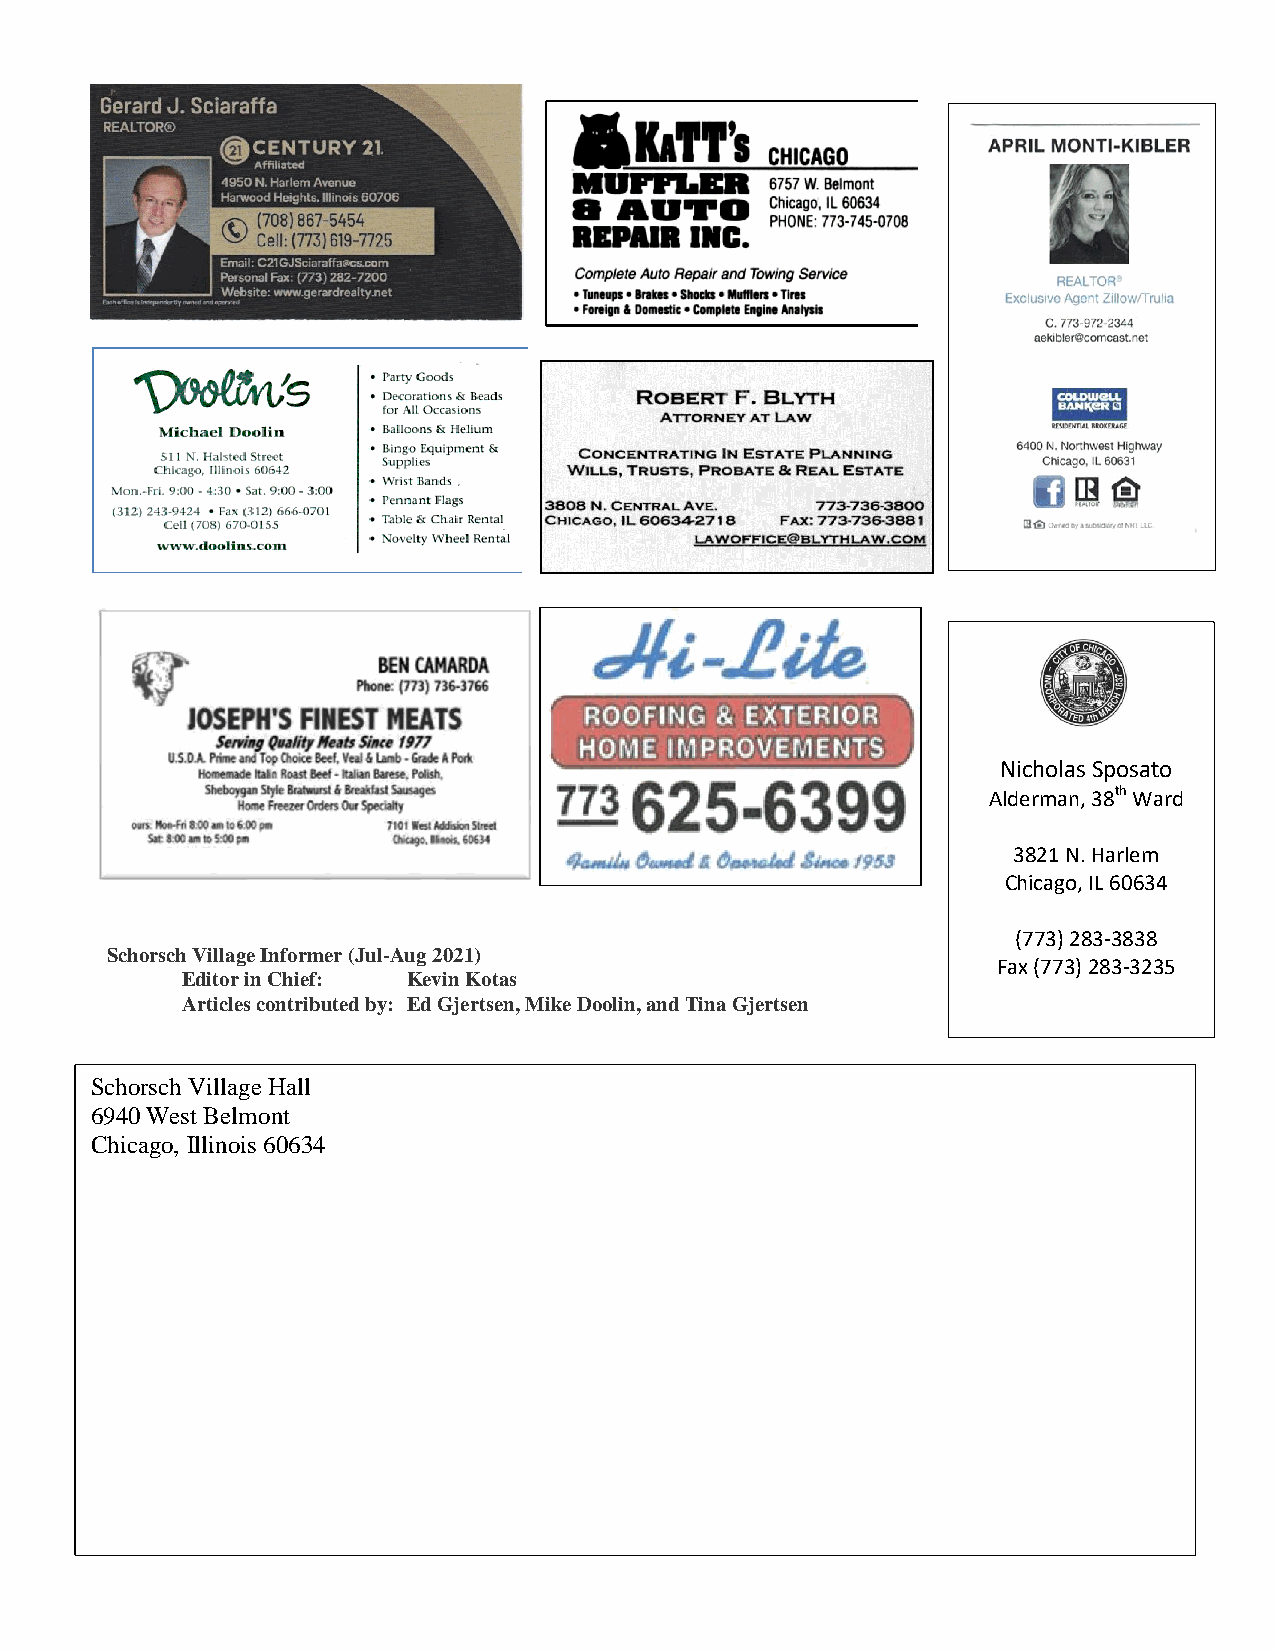
Nicholas Sposato
 Alderman, 38th Ward
 3821 N. Harlem
 Chicago, IL 60634
 (773) 283-3838
 Schorsch Village Informer (Jul-Aug 2021)
 Fax (773) 283-3235
 Editor in Chief: Kevin Kotas
 Articles contributed by: Ed Gjertsen, Mike Doolin, and Tina Gjertsen
 info@aldermansposato.com
 www.aldermansposato.com
 Schorsch Village Hall
 6940 West Belmont
 Chicago, Illinois 60634